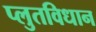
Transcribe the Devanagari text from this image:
प्लुतविधान